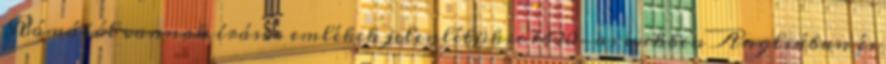
Rómából vannak írásos emlékek jelenlétükre 1420-as években Angliában és